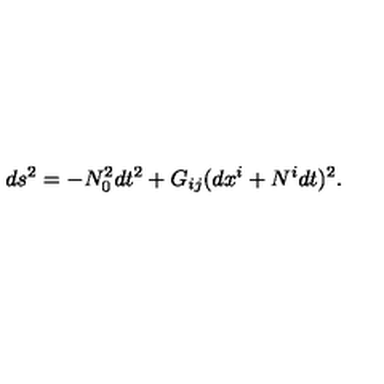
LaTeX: d s ^ { 2 } = - N _ { 0 } ^ { 2 } d t ^ { 2 } + G _ { i j } ( d x ^ { i } + N ^ { i } d t ) ^ { 2 } .